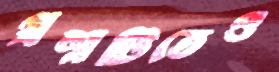
প্রশ্নটিতেও